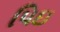
પિઇ